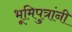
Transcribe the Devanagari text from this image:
भूमिपुत्रांनी